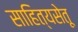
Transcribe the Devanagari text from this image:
साहित्यसेतू